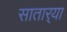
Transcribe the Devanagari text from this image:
सातार्‍या